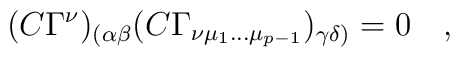
(C \Gamma^\nu)_{(\alpha \beta} (C \Gamma_{\nu \mu_1 \dots\mu_{p-1}})_{\gamma \delta)}=0\quad,